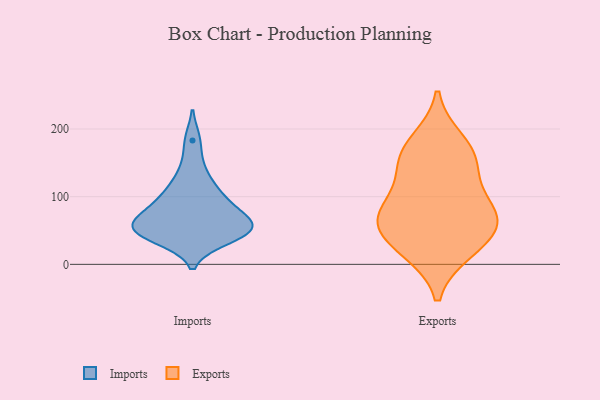
{"axis": {"x": "Tickets Resolved", "y": "Value"}, "legend": ["Exports", "Imports"], "data": [{"x": "", "y": 116, "type": "Imports"}, {"x": "", "y": 82, "type": "Imports"}, {"x": "", "y": 53, "type": "Imports"}, {"x": "", "y": 183, "type": "Imports"}, {"x": "", "y": 73, "type": "Imports"}, {"x": "", "y": 51, "type": "Imports"}, {"x": "", "y": 45, "type": "Imports"}, {"x": "", "y": 102, "type": "Imports"}, {"x": "", "y": 64, "type": "Imports"}, {"x": "", "y": 94, "type": "Imports"}, {"x": "", "y": 38, "type": "Imports"}, {"x": "", "y": 46, "type": "Imports"}, {"x": "", "y": 141, "type": "Imports"}, {"x": "", "y": 51, "type": "Imports"}, {"x": "", "y": 58, "type": "Imports"}, {"x": "", "y": 74, "type": "Exports"}, {"x": "", "y": 20, "type": "Exports"}, {"x": "", "y": 73, "type": "Exports"}, {"x": "", "y": 159, "type": "Exports"}, {"x": "", "y": 182, "type": "Exports"}, {"x": "", "y": 24, "type": "Exports"}, {"x": "", "y": 86, "type": "Exports"}, {"x": "", "y": 55, "type": "Exports"}, {"x": "", "y": 57, "type": "Exports"}, {"x": "", "y": 157, "type": "Exports"}, {"x": "", "y": 128, "type": "Exports"}]}